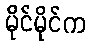
မိုင်မိုင်က